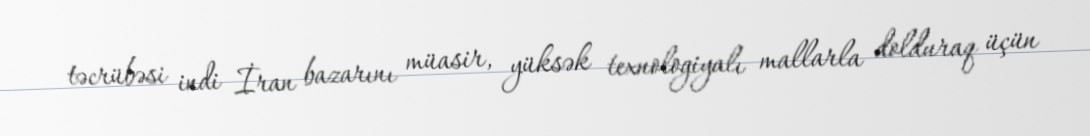
təcrübəsi indi İran bazarını müasir, yüksək texnologiyalı mallarla dolduraq üçün